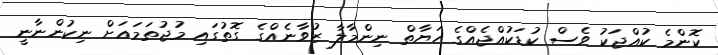
ކޮންމެ ކުއްޖަކު ވެސް ކުޑަކުއްޖެއްގެ ހަޔާތް ނިންމާލާ ޒުވާނެއްގެ ގޮތުގައި މުޖުތަަމަޢަށް ނިކުންނާނީ